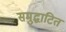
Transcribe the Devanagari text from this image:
समुद्घाटित